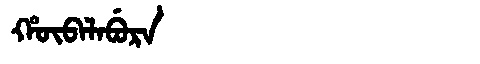
Manchu: ᡥᡡᠪᠠᠯᠠᠪᡠᡵᠠ
Romanization: HŪBALABURA